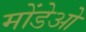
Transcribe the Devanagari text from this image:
मोंडेओ